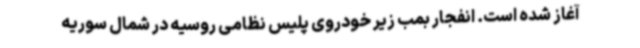
آغاز شده است. انفجار بمب زیر خودروی پلیس نظامی روسیه در شمال سوریه